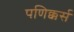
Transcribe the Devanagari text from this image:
पणिक्कर्स